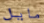
مايل